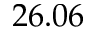
2 6 . 0 6